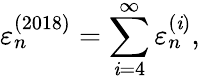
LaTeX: \varepsilon_{n}^{(2018)}=\sum_{\mathit{i}=4}^{\infty}\varepsilon_{n}^{(\mathit{i})},